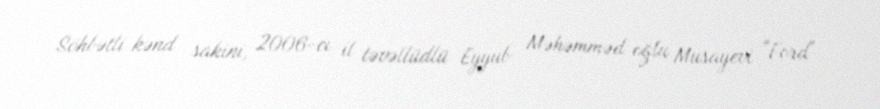
Söhbətli kənd sakini, 2006-cı il təvəllüdlü Eyyub Məhəmməd oğlu Musayevi "Ford"